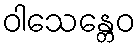
ဝါသေန္တေဝ